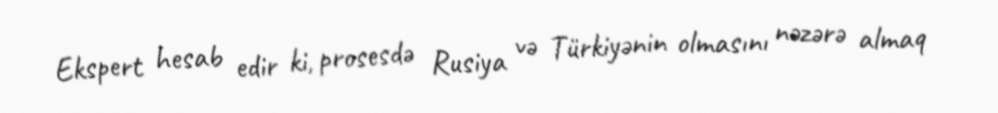
Ekspert hesab edir ki, prosesdə Rusiya və Türkiyənin olmasını nəzərə almaq